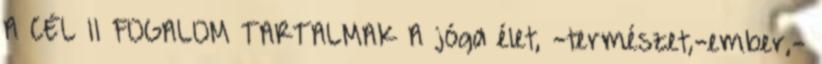
A CÉL 11 FOGALOM TARTALMAK A jóga élet, -természet,-ember,-